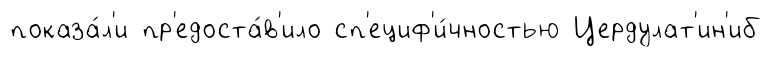
показа́л'и пр'едоста́в'ило сп'ециф'и́чностью Цердулат'ин'иб